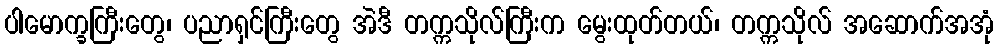
ပါမောက္ခကြီးတွေ၊ ပညာရှင်ကြီးတွေ အဲဒီ တက္ကသိုလ်ကြီးက မွေးထုတ်တယ်၊ တက္ကသိုလ် အဆောက်အအုံ